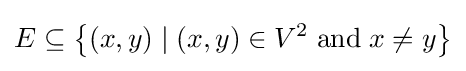
E\subseteq \left\{(x,y)\mid (x,y)\in V^{2}\;{\textrm {and}}\;x\neq y\right\}